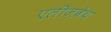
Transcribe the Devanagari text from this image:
एलीज़वेथ